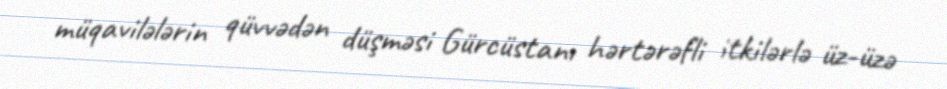
müqavilələrin qüvvədən düşməsi Gürcüstanı hərtərəfli itkilərlə üz-üzə